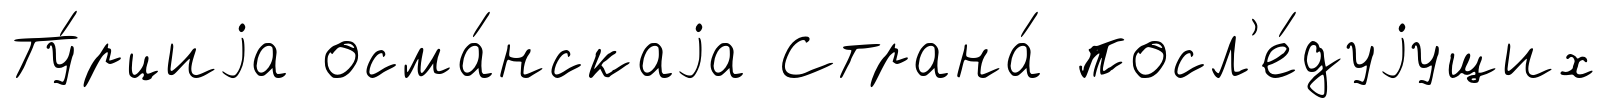
Ту́рциjа осма́нскаjа Страна́ посл'е́дуjущих